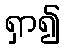
ရှာ၍